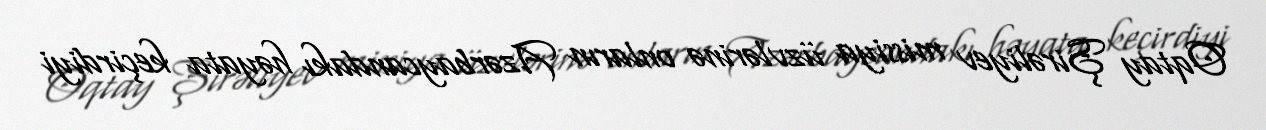
Oqtay Şirəliyev missiya üzvlərinə onların Azərbaycandakı həyata keçirdiyi